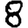
Digit: 8